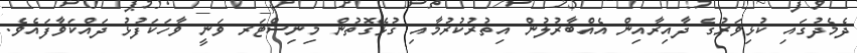
ދެމެދުގައި ކުޅިވަރުގެ ދާއިރާއިން އެއްބާރުލުން އިތުރުކުރުމާއި ގުޅޭގޮތުން މިނިސްޓަރ ވަނީ ވާހަކަފުޅު ދައްކަވާފައެވެ.